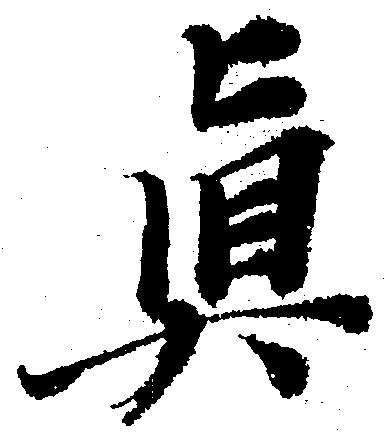
真